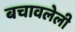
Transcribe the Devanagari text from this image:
बचावलेली